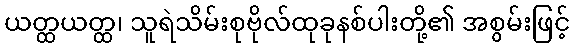
ယတ္ထယတ္ထ၊ သူရဲသိမ်းစုဗိုလ်ထုခုနစ်ပါးတို့၏ အစွမ်းဖြင့်